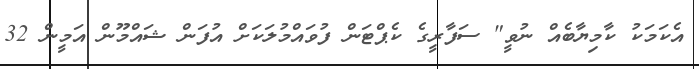
އެކަމަކު ކާމިޔާބެއް ނުވީ" ސަފާރީގެ ކެޕްޓަން ފުވައްމުލަކަށް އުފަން ޝައްމޫން އަމީން 32